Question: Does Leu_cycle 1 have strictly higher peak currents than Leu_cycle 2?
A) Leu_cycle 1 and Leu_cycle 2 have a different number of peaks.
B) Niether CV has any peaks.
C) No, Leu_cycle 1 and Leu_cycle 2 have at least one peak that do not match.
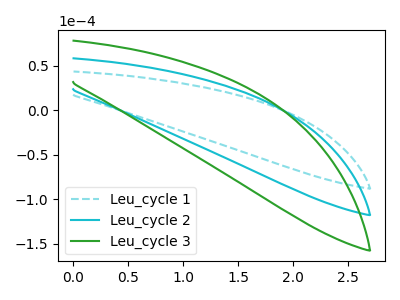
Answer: <think>The cyan dashed curve "Leu_cycle 1" has no peaks. The cyan curve "Leu_cycle 2" has no peaks. The green curve "Leu_cycle 3" has no peaks.</think>
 <answer>B) Niether CV has any peaks.</answer>
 <eval>B</eval>